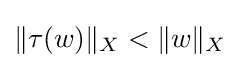
\|\tau (w)\|_{X}<\|w\|_{X}